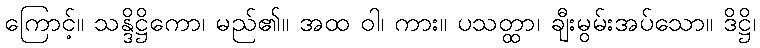
ကြောင့်။ သန္ဒိဋ္ဌိကော၊ မည်၏။ အထ ဝါ၊ ကား။ ပသတ္ထာ၊ ချီးမွမ်းအပ်သော။ ဒိဋ္ဌိ၊